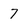
Character: 7